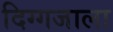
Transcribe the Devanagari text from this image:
दिग्गजाला